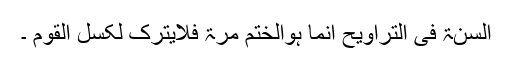
اَلسُّنَۃُ فِی التَّرَاوِیْحِ اِنَّمَا ہُوَالْخَتْمُ مَرَّۃً فَلَایُتْرَکُ لِکَسْلِ الْقَوْمِ ۔